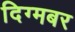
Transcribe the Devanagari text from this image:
दिग्मबर